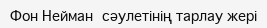
Фон Нейман сәулетінің тарлау жері